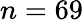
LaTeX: n=69